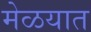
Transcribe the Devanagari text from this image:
मेळयात